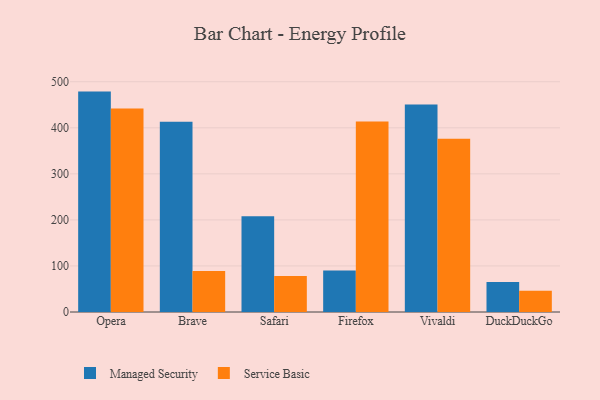
{"axis": {"x": "Browser", "y": "Bounce Rate (%)"}, "legend": ["Managed Security", "Service Basic"], "data": [{"x": "Opera", "y": 478.6, "type": "Managed Security"}, {"x": "Opera", "y": 441.8, "type": "Service Basic"}, {"x": "Brave", "y": 413.3, "type": "Managed Security"}, {"x": "Brave", "y": 88.8, "type": "Service Basic"}, {"x": "Safari", "y": 208.1, "type": "Managed Security"}, {"x": "Safari", "y": 78.3, "type": "Service Basic"}, {"x": "Firefox", "y": 90.0, "type": "Managed Security"}, {"x": "Firefox", "y": 413.7, "type": "Service Basic"}, {"x": "Vivaldi", "y": 450.7, "type": "Managed Security"}, {"x": "Vivaldi", "y": 376.0, "type": "Service Basic"}, {"x": "DuckDuckGo", "y": 65.1, "type": "Managed Security"}, {"x": "DuckDuckGo", "y": 46.2, "type": "Service Basic"}]}